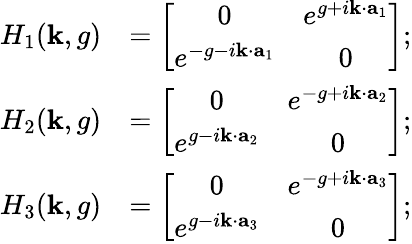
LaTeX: \begin{array}{rl}{H_{1}({\mathbf k},g)}&{=\left[\begin{array}{cc}{0}&{e^{g+i{\mathbf k}\cdot{\mathbf a}_{1}}}\\ {e^{-g-i{\mathbf k}\cdot{\mathbf a}_{1}}}&{0}\end{array}\right];}\\ {H_{2}({\mathbf k},g)}&{=\left[\begin{array}{cc}{0}&{e^{-g+i{\mathbf k}\cdot{\mathbf a}_{2}}}\\ {e^{g-i{\mathbf k}\cdot{\mathbf a}_{2}}}&{0}\end{array}\right];}\\ {H_{3}({\mathbf k},g)}&{=\left[\begin{array}{cc}{0}&{e^{-g+i{\mathbf k}\cdot{\mathbf a}_{3}}}\\ {e^{g-i{\mathbf k}\cdot{\mathbf a}_{3}}}&{0}\end{array}\right];}\end{array}